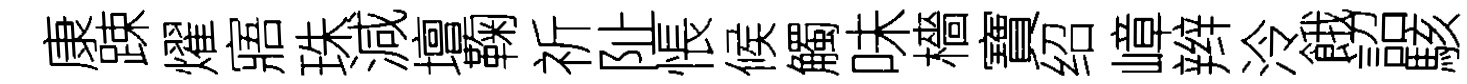
康踈燿寤珠減壇鞠祈阯悵候觸味檣寶绍嶂辫泠餓詔駭